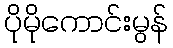
ပိုမိုကောင်းမွန်